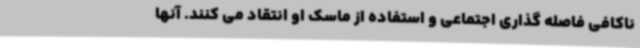
ناکافی فاصله گذاری اجتماعی و استفاده از ماسک او انتقاد می کنند. آنها